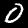
Digit: 0